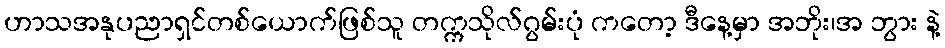
ဟာသအနုပညာရှင်တစ်ယောက်ဖြစ်သူ တက္ကသိုလ်ဂွမ်းပုံ ကတော့ ဒီနေ့မှာ အဘိုး၊အ ဘွား နဲ့